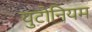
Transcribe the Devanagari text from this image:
युटोनियम